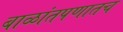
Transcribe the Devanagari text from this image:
बाळांतपणातच